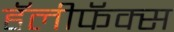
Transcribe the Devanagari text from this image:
हॅलीफॅक्स